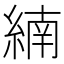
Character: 䋻